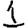
Digit: 1